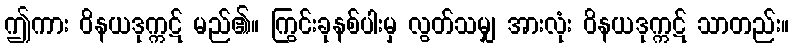
ဤကား ဝိနယဒုက္ကဋ် မည်၏။ ကြွင်းခုနစ်ပါးမှ လွတ်သမျှ အားလုံး ဝိနယဒုက္ကဋ် သာတည်း။